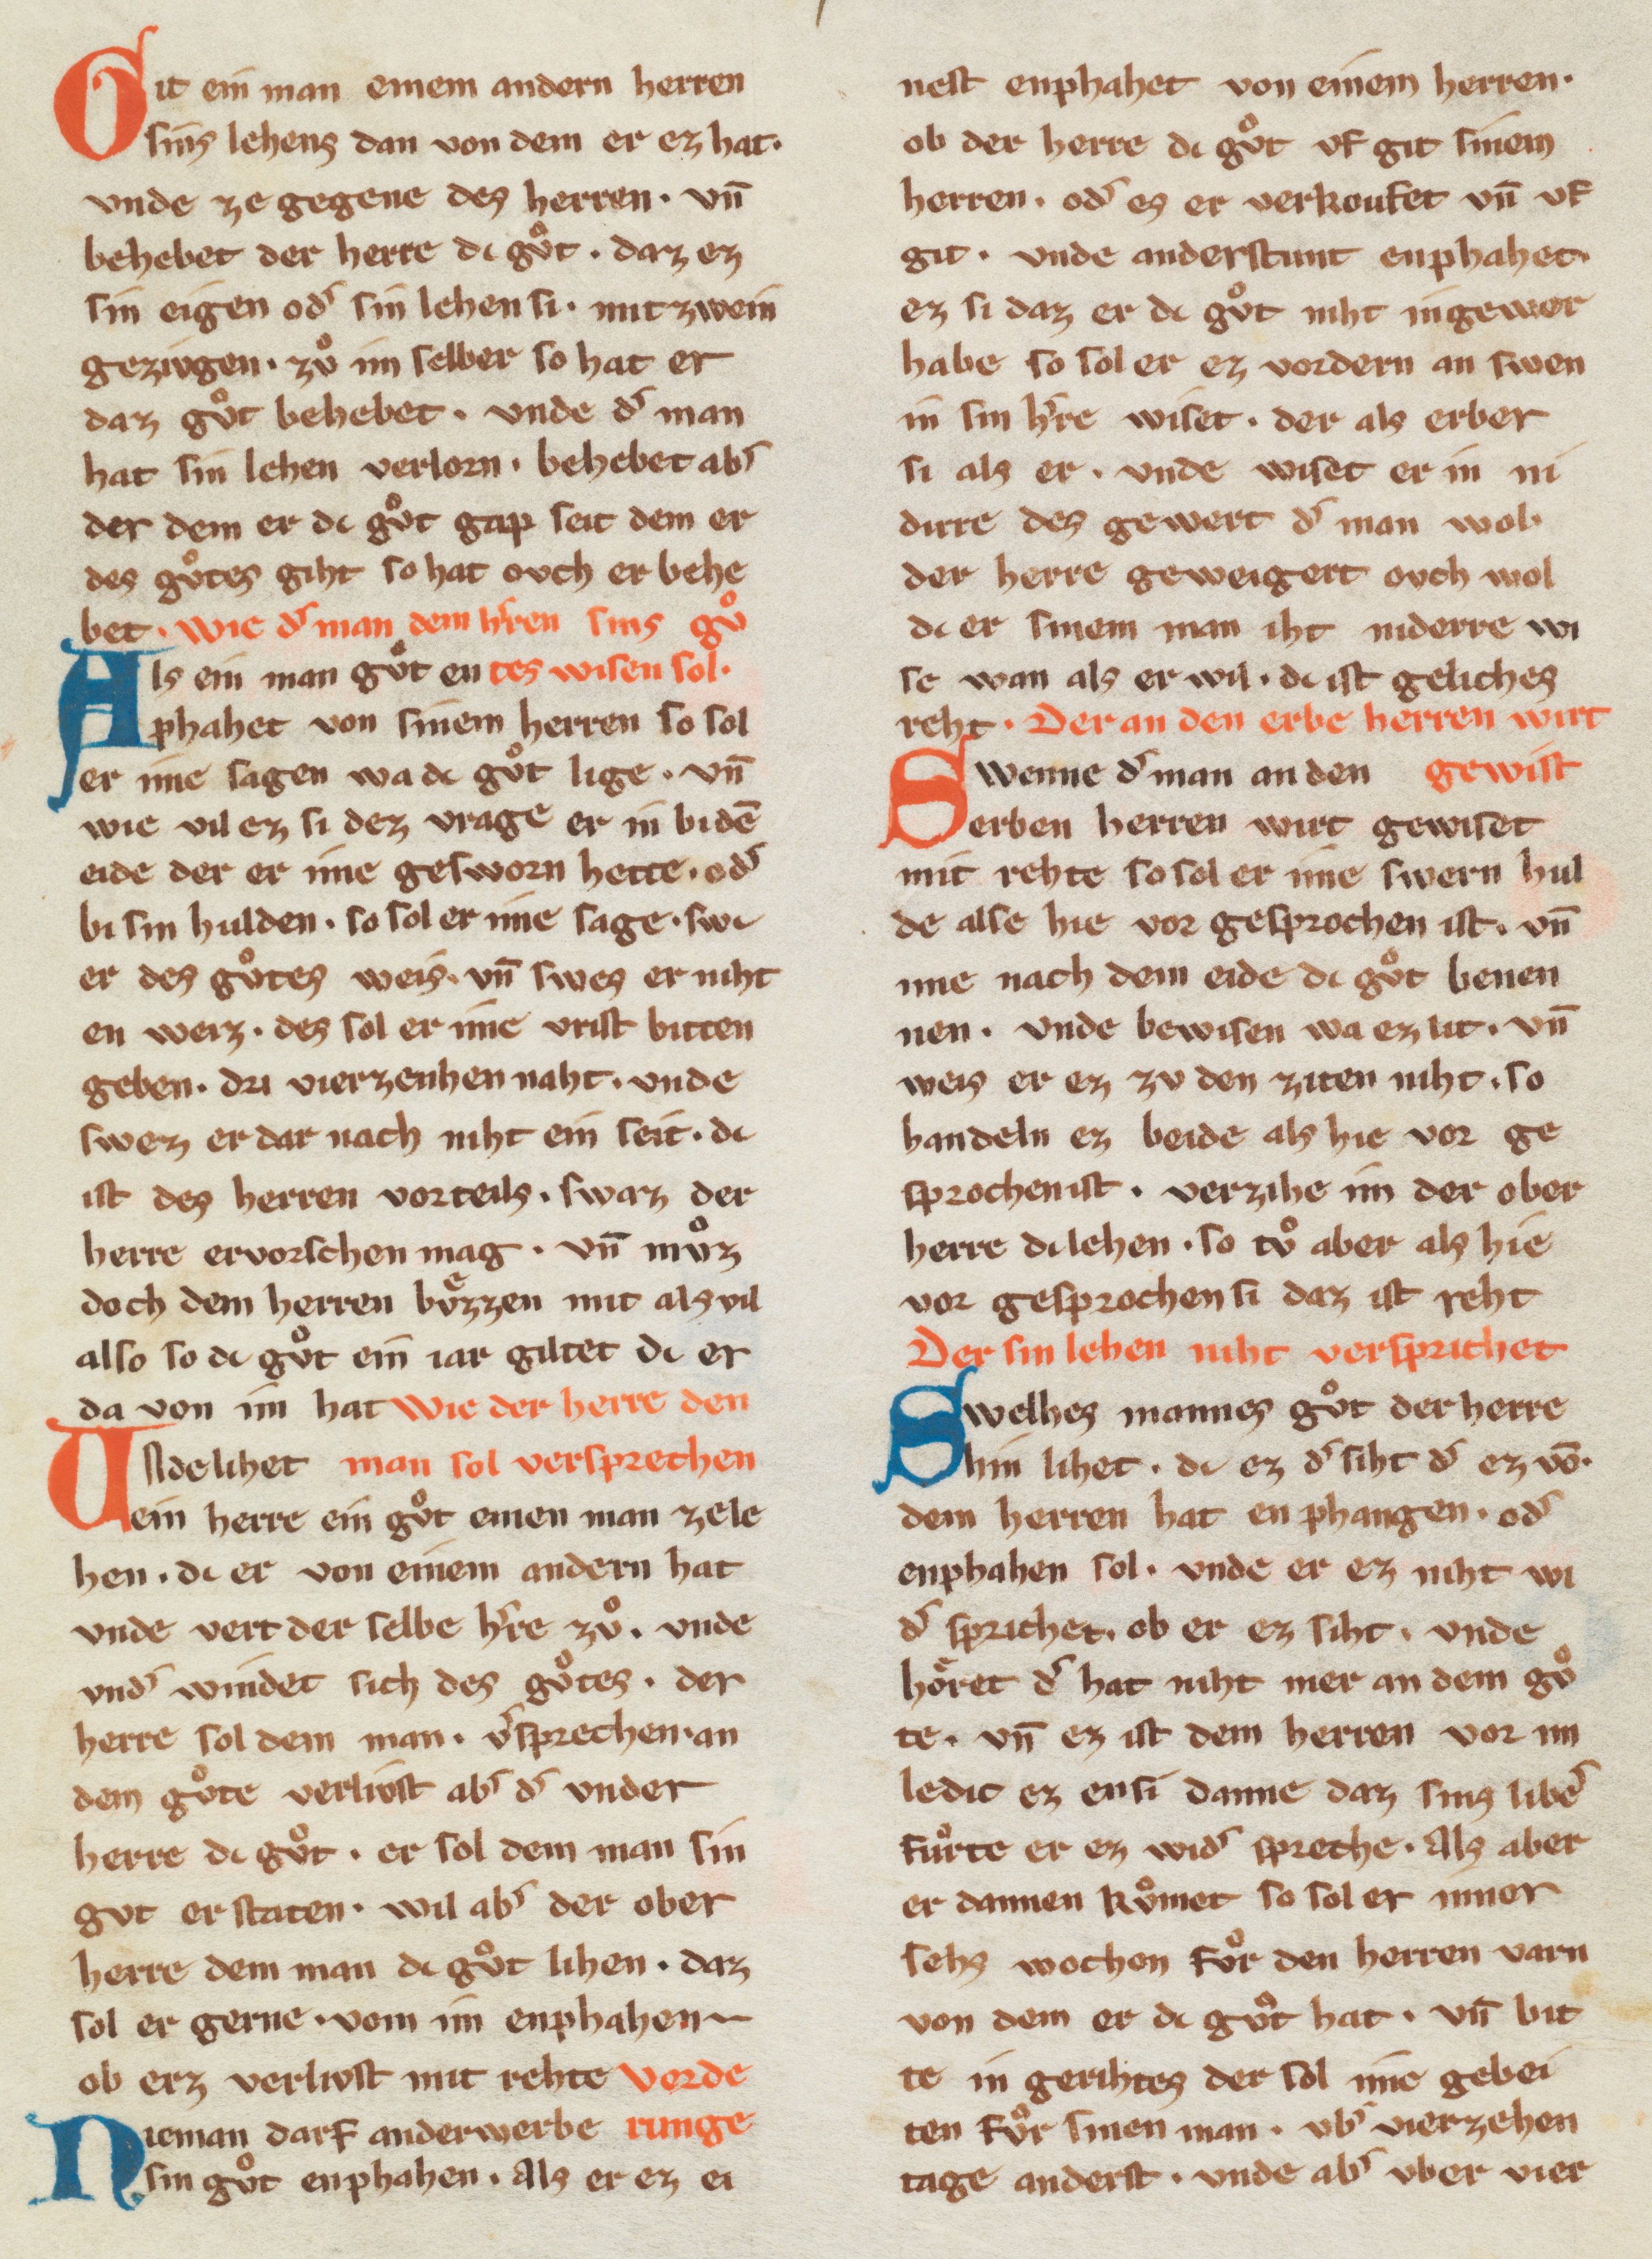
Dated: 1270–1330